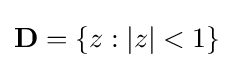
\mathbf {D} =\{z:|z|<1\}